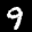
Label: 9